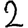
Digit: 2